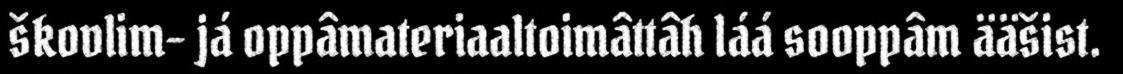
škovlim- já oppâmateriaaltoimâttâh láá sooppâm ääšist.